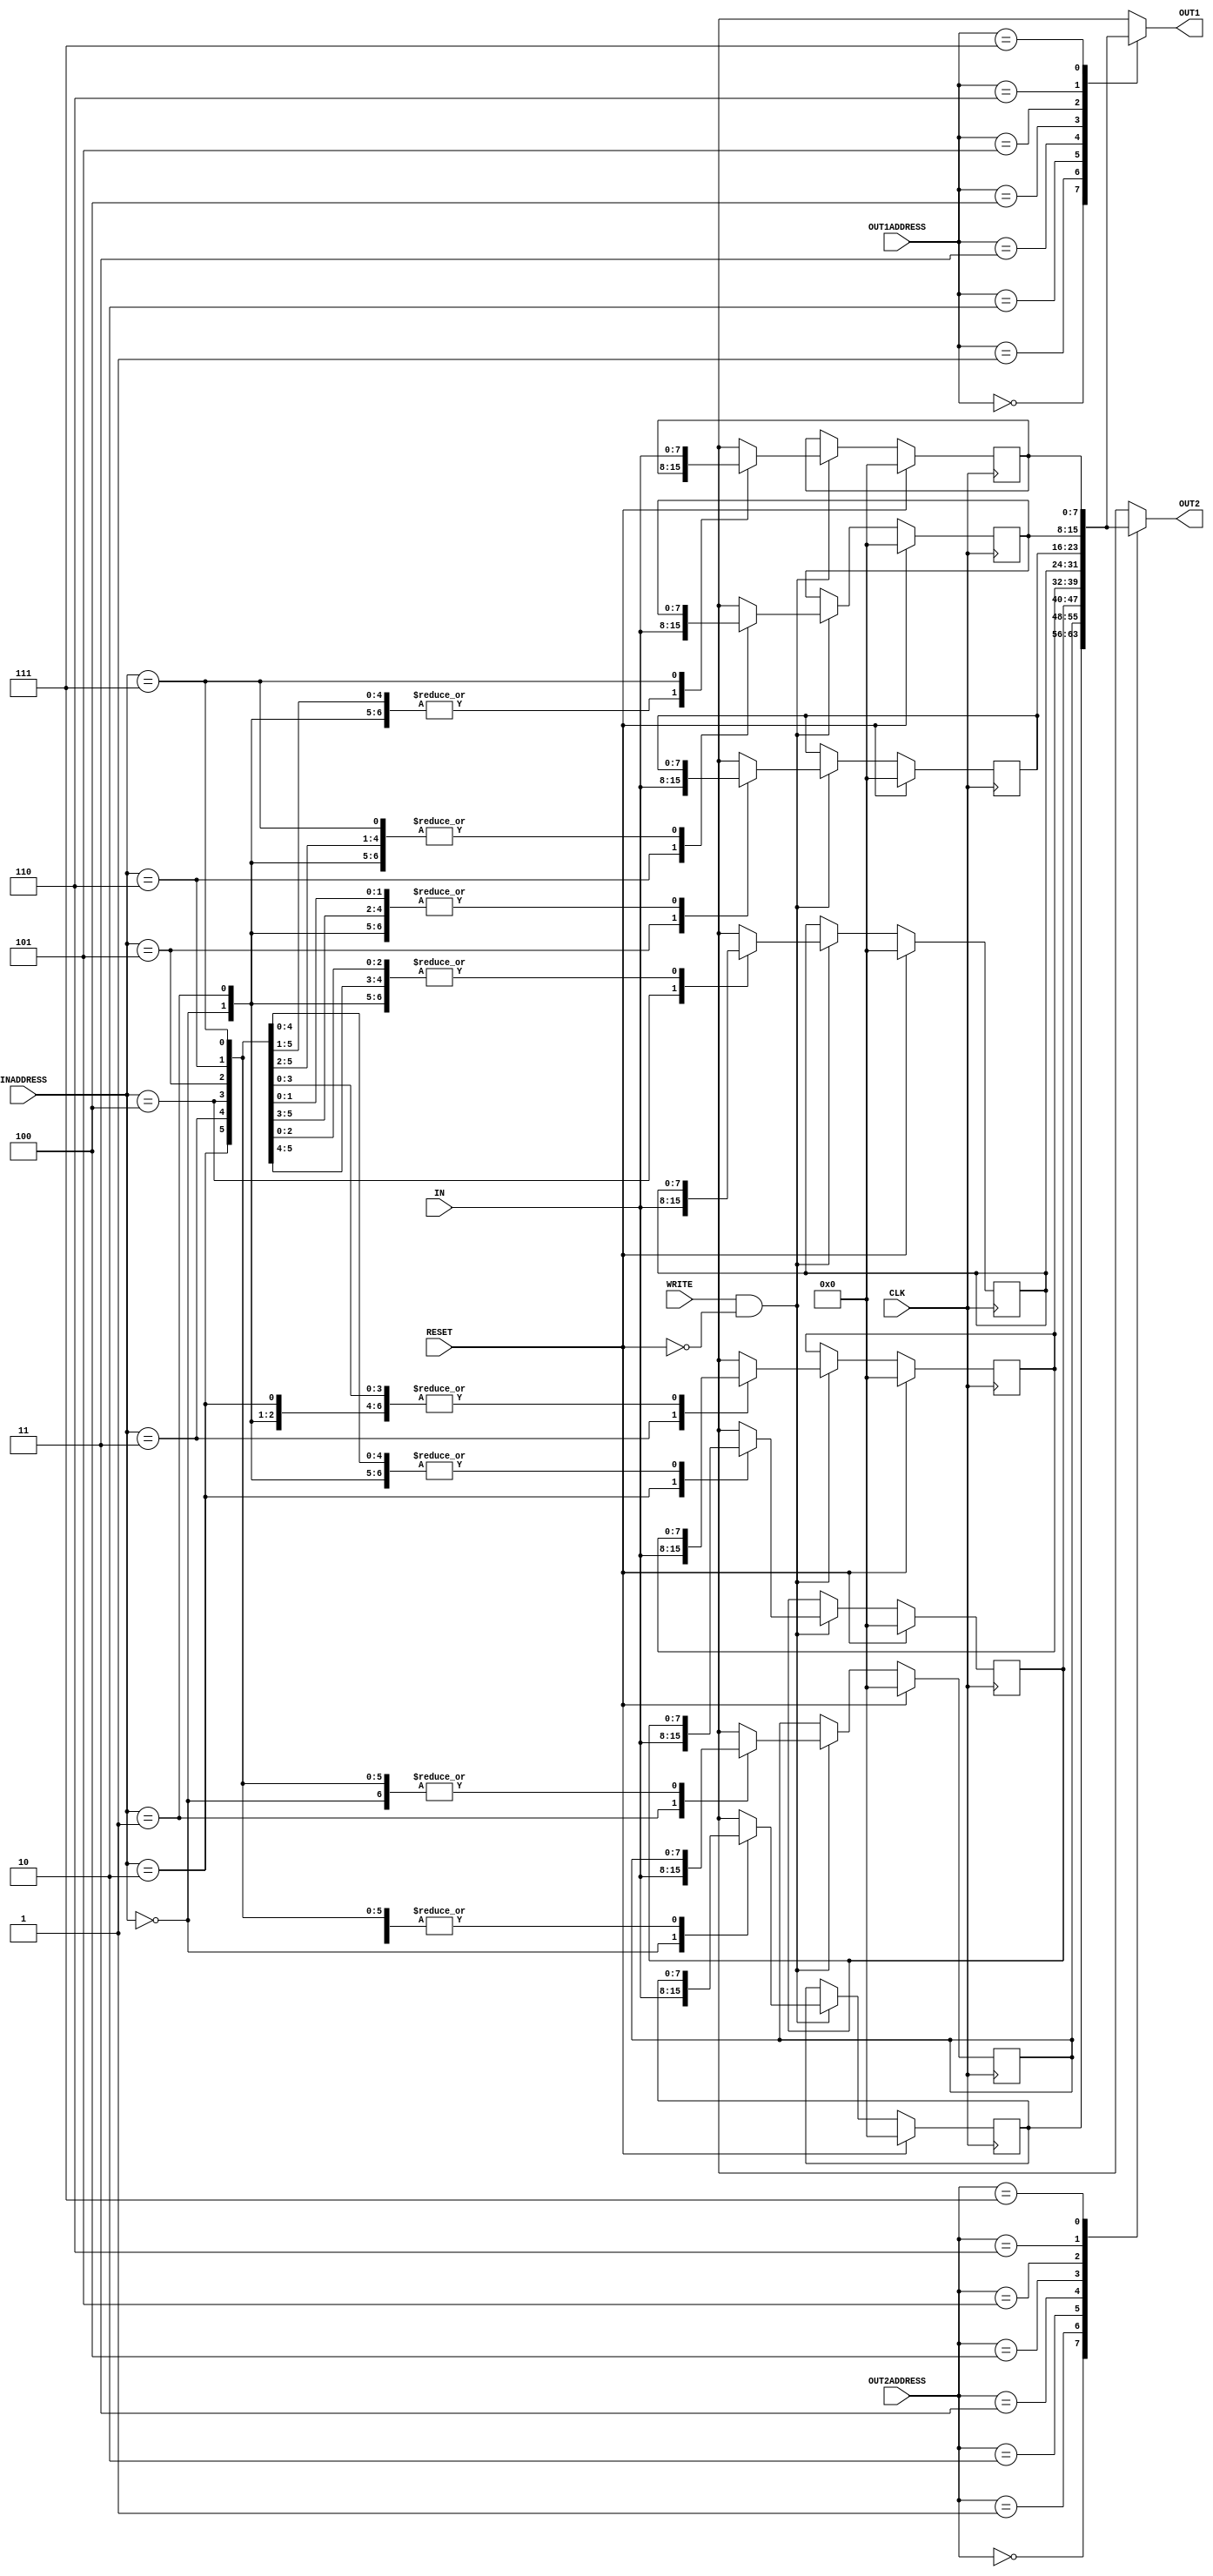
module reg_file(IN,OUT1,OUT2,INADDRESS,OUT1ADDRESS,OUT2ADDRESS, WRITE, CLK, RESET);

    input [7:0] IN;
    input [2:0]  INADDRESS, OUT1ADDRESS, OUT2ADDRESS;
    input  WRITE, CLK, RESET;

    output [7:0] OUT1, OUT2;
    reg [7:0] OUT2;

    reg [7:0] registers [7:0];

    // always @(OUT1ADDRESS,  registers[0],registers[1],registers[2],registers[3],registers[4],registers[5],registers[6],registers[7]) begin
        
    //     case(OUT1ADDRESS)

    //         3'b000: #2 OUT1 = registers[0];
    //         3'b001: #2 OUT1 = registers[1];
    //         3'b010: #2 OUT1 = registers[2];
    //         3'b011: #2 OUT1 = registers[3];
    //         3'b100: #2 OUT1 = registers[4];
    //         3'b101: #2 OUT1 = registers[5];
    //         3'b110: #2 OUT1 = registers[6];
    //         3'b111: #2 OUT1 = registers[7];

    //         default:  #2 OUT1 = 0;

    //     endcase

    // end

    assign #2 OUT1 = registers[OUT1ADDRESS];

    always @(OUT2ADDRESS, registers[0],registers[1],registers[2],registers[3],registers[4],registers[5],registers[6],registers[7]) begin
        
        case(OUT2ADDRESS)

            3'b000: #2 OUT2 = registers[0];
            3'b001: #2 OUT2 = registers[1];
            3'b010: #2 OUT2 = registers[2];
            3'b011: #2 OUT2 = registers[3];
            3'b100: #2 OUT2 = registers[4];
            3'b101: #2 OUT2 = registers[5];
            3'b110: #2 OUT2 = registers[6];
            3'b111: #2 OUT2 = registers[7];

            default:  #2 OUT2 = 0;

        endcase

    end

    always @(posedge CLK) begin
        
        if (WRITE && ~RESET) begin
        case(INADDRESS)

            3'b000: #1 registers[0] = IN;
            3'b001: #1 registers[1] = IN;
            3'b010: #1 registers[2] = IN;
            3'b011: #1 registers[3] = IN;
            3'b100: #1 registers[4] = IN;
            3'b101: #1 registers[5] = IN;
            3'b110: #1 registers[6] = IN;
            3'b111: #1 registers[7] = IN;
            
            default #1 registers[0] = 0;

        endcase
        end

        if (RESET) begin
            registers[0] = 0;
            registers[1] = 0;
            registers[2] = 0;
            registers[3] = 0;
            registers[4] = 0;
            registers[5] = 0;
            registers[6] = 0;
            registers[7] = 0;
        end

    end

    // always @(OUT1ADDRESS, OUT2ADDRESS, register0, register1, register2, register3, register4, register5, register6, register7) begin
        
    //     case(OUT1ADDRESS)

    //         3'b000: #2 OUT1 = register0;
    //         3'b001: #2 OUT1 = register1;
    //         3'b010: #2 OUT1 = register2;
    //         3'b011: #2 OUT1 = register3;
    //         3'b100: #2 OUT1 = register4;
    //         3'b101: #2 OUT1 = register5;
    //         3'b110: #2 OUT1 = register6;
    //         3'b111: #2 OUT1 = register7;

    //         default:  #2 OUT1 = 0;

    //     endcase

    //     case(OUT2ADDRESS)

    //         3'b000: #2 OUT2 = register0;
    //         3'b001: #2 OUT2 = register1;
    //         3'b010: #2 OUT2 = register2;
    //         3'b011: #2 OUT2 = register3;
    //         3'b100: #2 OUT2 = register4;
    //         3'b101: #2 OUT2 = register5;
    //         3'b110: #2 OUT2 = register6;
    //         3'b111: #2 OUT2 = register7;

    //         default:  #2 OUT2 = 0;

    //     endcase

    // end

    // reg [7:0][7:0] registers;

    // assign #1 OUT1 = registers[0][7:0];
    // assign #1 OUT2 = registers[1][7:0];

    // always @(posedge CLK) begin
        
    //     if (WRITE) #2 registers[0][7:0] = IN;

    //     if (RESET) registers[7:0][7:0] = 0;

    // end

endmodule